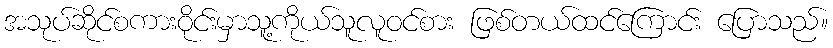
အသုပ်ဆိုင်စကားဝိုင်းမှာသူ့ကိုယ်သူလူဝင်စား ဖြစ်တယ်ထင်ကြောင်း ပြောသည်။